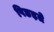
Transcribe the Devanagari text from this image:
पिछड़ते